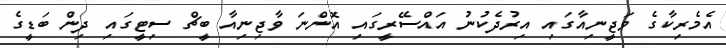
އެމެރިކާގެ ވަޖީނިއާގައި އިރުދެކުނު އައްސޭރީގައި އޮންނަ ވާޖިނިއާ ބީޗް ސިޓީގައި ދިން ބަޑީގެ